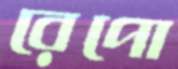
রেপো